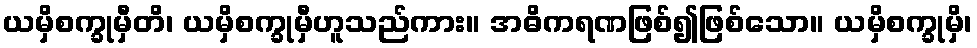
ယမှိစက္ခုမှီတိ၊ ယမှိစက္ခုမှီဟူသည်ကား။ အဓိကရဏဖြစ်၍ဖြစ်သော။ ယမှိစက္ခုမှိ၊